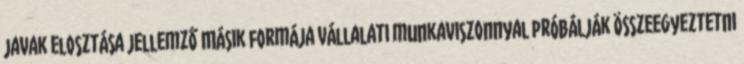
javak elosztása jellemző Másik formája vállalati munkaviszonnyal próbálják összeegyeztetni